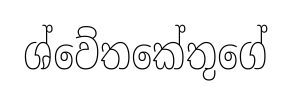
ශ්වේතකේතුගේ